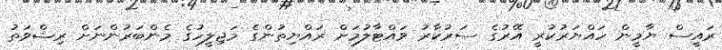
ރައީސް ޔާމީން ހައްޔަރުކުރީ އޭރުގެ ސަރުކާރު ވައްޓާލުމަށް ރައްޔިތުންގެ މަޖިލީހުގެ މެންބަރުންނަށް ރިޝްވަތު